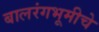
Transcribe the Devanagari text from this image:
बालरंगभूमीचे